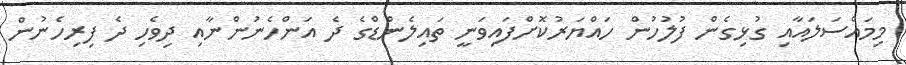
މިމައްސަލައާއި ގުޅިގެން ފުލުހުން ހައްޔަރުކޮށްފައިވަނީ ތައިލެންޑްގެ ދެ އަންހެނުންނާއި ދިވެހި ދެ ފިރިހެނުން